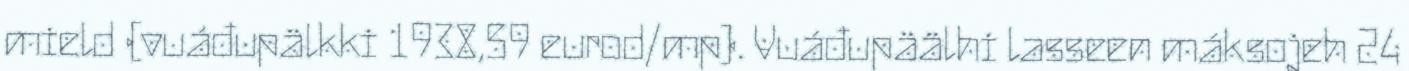
mield (vuáđupälkki 1938,59 eurod/mp). Vuáđupäälhi lasseen máksojeh 24